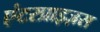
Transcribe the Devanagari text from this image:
एंटरप्राइज़स